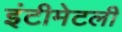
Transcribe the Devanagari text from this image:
इंटीमेटली